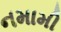
નમામી